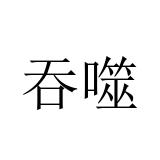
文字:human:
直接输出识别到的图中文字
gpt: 吞噬